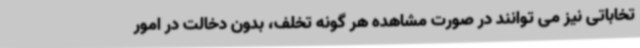
تخاباتی نیز می توانند در صورت مشاهده هر گونه تخلف، بدون دخالت در امور